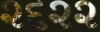
૨૬૨૨